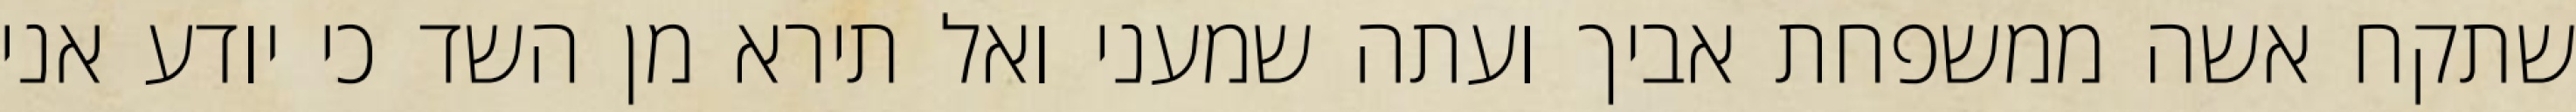
שתקח אשה ממשפחת אביך ועתה שמעני ואל תירא מן השד כי יודע אני